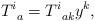
\begin{align*}T_{\;\;a}^{i}=T_{\;\;ak}^{i}y^{k}, \end{align*}